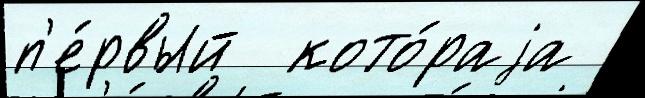
п'е́рвый  кото́раjа